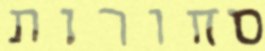
סחורות